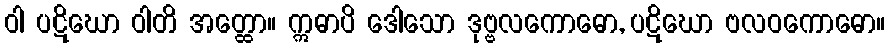
ဝါ ပဋိဃော ဝါတိ အတ္ထော။ ဣဓာပိ ဒေါသော ဒုဗ္ဗလကောဓော, ပဋိဃော ဗလဝကောဓော။